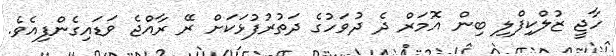
ހާޖީ ޒުލްކިފްލި ބިން އޮމަރް ދެ ދުވަހުގެ ދަތުރުފުޅަކަށް ރޭ ރާއްޖެ ވަޑައިގެންފިއެވެ.